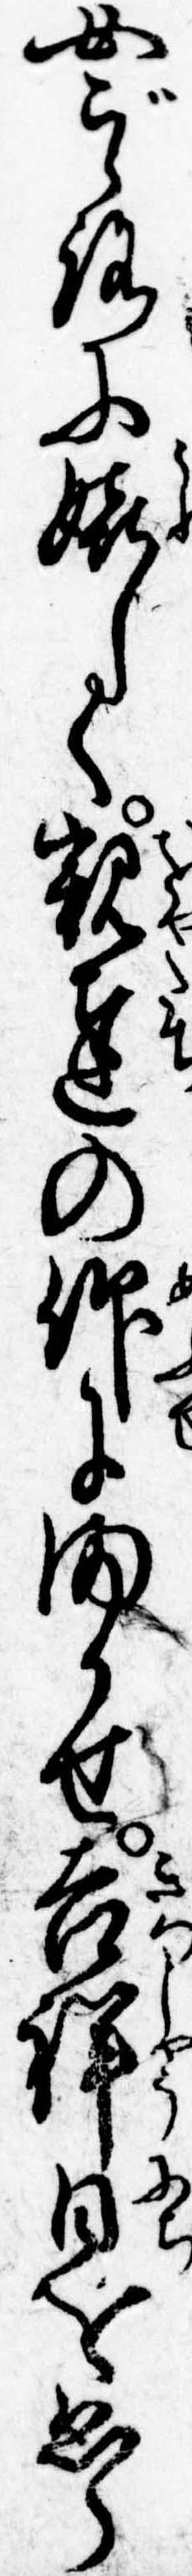
女ごゝろに嬉しく親達の仰にまかせ吉祥日をゑら